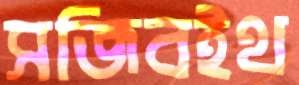
সজিবইথ